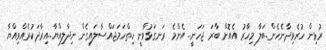
ރުޅިން ހުރެވިދާނެހެން..ބަލާ މިހާރު އެއޮށް ބާރަ ޖަހަނީ.. އެންމެ ރަނގަޅުވާނީ ހިތްހަމަޖައްސާލައިގެން ނިދާލިއްޔާ..އިރާދަކުރެއްވިއްޔާ